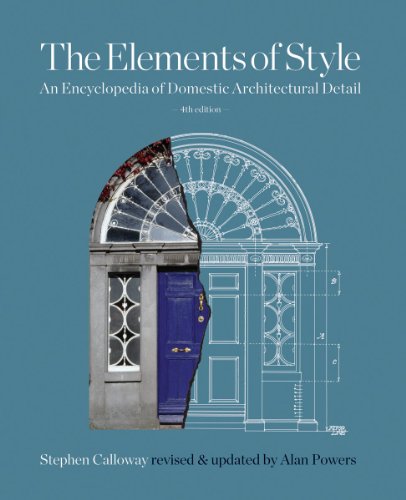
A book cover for The Elements of Style: An Encyclopedia of Domestic Architectural Detail; Arts & Photography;